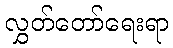
လွှတ်တော်ရေးရာ